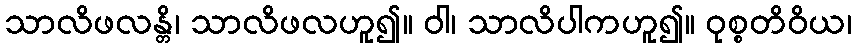
သာလိဖလန္တိ၊ သာလိဖလဟူ၍။ ဝါ၊ သာလိပါကဟူ၍။ ဝုစ္စတိဝိယ၊